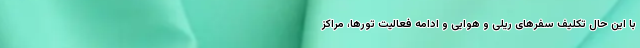
با این حال تکلیف سفرهای ریلی و هوایی و ادامه فعالیت تورها، مراکز